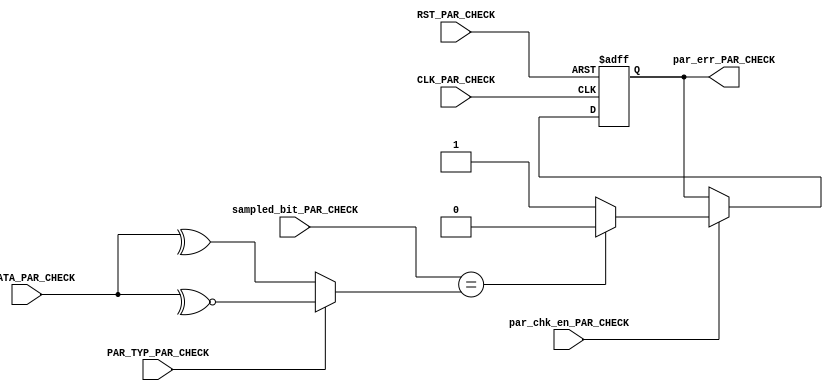
module PARITY_CHECK_URT_RX (
     input     wire           CLK_PAR_CHECK,
     input     wire           RST_PAR_CHECK,   
     input     wire           PAR_TYP_PAR_CHECK,
     input     wire           par_chk_en_PAR_CHECK,
     input     wire           sampled_bit_PAR_CHECK,
     input     wire   [7:0]   P_DATA_PAR_CHECK,

     output    reg            par_err_PAR_CHECK
     );

reg calculated_parity;

always @(*)
    begin
        if(PAR_TYP_PAR_CHECK)  // Odd Parity 
           begin
             calculated_parity=~^P_DATA_PAR_CHECK;
           end
        else   //Even Parity
           begin
              calculated_parity=^P_DATA_PAR_CHECK;
           end
    end


always @(posedge CLK_PAR_CHECK or negedge RST_PAR_CHECK)
    begin
      if(!RST_PAR_CHECK)
        begin
            par_err_PAR_CHECK<='b0;
        end
       else if(par_chk_en_PAR_CHECK)
           begin
               if(sampled_bit_PAR_CHECK == calculated_parity)
                  begin
                     par_err_PAR_CHECK<='b0;
                  end
                else
                   begin
                     par_err_PAR_CHECK<='b1;
                   end
           end
         end

endmodule